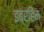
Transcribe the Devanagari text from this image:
इब्रहिम